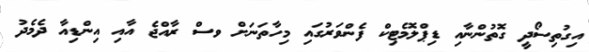
އިގުތިސޯދީ ގޮތުންނާއި ޑިޕްލޮމެޓިކް ފެންވަރުގައި މިހާތަނަށް ވސް ރާއްޖެ އާއި އިންޑިއާ ދެމެދު